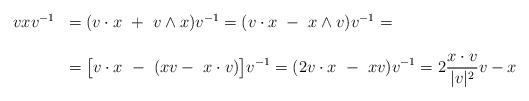
LaTeX: \begin{align*}\begin{array}{rl}vxv^{-1}&\displaystyle=(v\cdot x \ + \ v \wedge x)v^{-1}=(v\cdot x \ - \ x \wedge v)v^{-1}= \\ \\&\displaystyle=\big[v\cdot x \ - \ (xv- \ x\cdot v)\big] v^{-1}=(2 v\cdot x \ - \ xv)v^{-1}=2\frac{x\cdot v}{|v|^2}v - x\end{array}\end{align*}